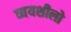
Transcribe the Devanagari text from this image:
व्ययशीलो